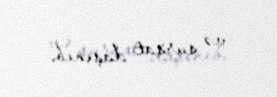
və sursat daşınıb.